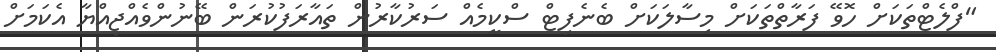
"ފްލެޓްތަކަށް ހޮވޭ ފަރާތްތަކަށް މިސާލަކަށް ބެނެފިޓް ސްކީމެއް ސަރުކާރުން ތައާރަފުކުރަން ބޭނުންވެއްޖިއްޔާ އެކަމަށް